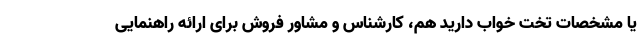
یا مشخصات تخت خواب دارید هم، کارشناس و مشاور فروش برای ارائه راهنمایی